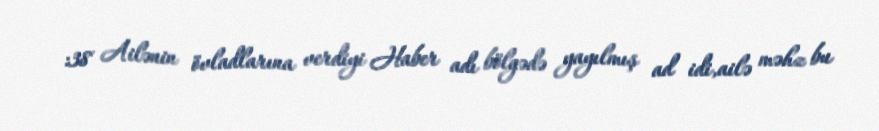
:38 Ailənin övladlarına verdiyi Haber adı bölgədə yayılmış ad idi,ailə məhz bu